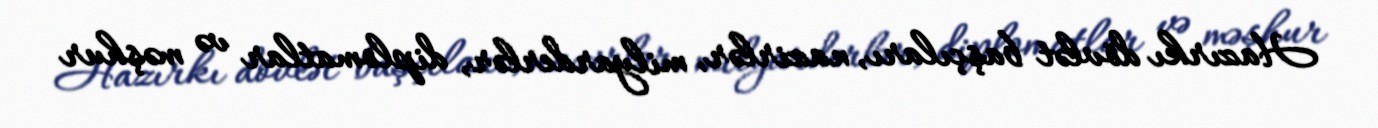
Hazırkı dövlət başçıları, nazirlər, milyarderlər, diplomatlar və məşhur